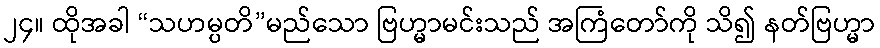
၂၄။ ထိုအခါ “သဟမ္ပတိ”မည်သော ဗြဟ္မာမင်းသည် အကြံတော်ကို သိ၍ နတ်ဗြဟ္မာ